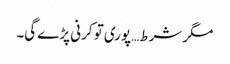
مگر شرط… پوری تو کرنی پڑے گی۔